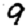
Digit: 9